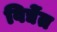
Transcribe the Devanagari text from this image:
विद्येंत